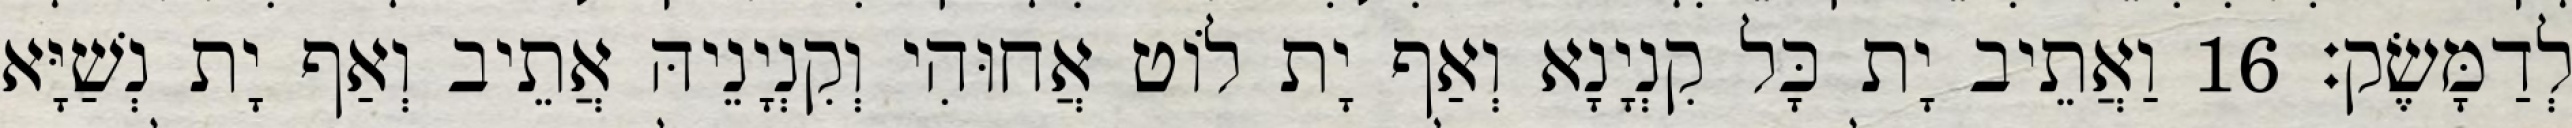
לְדַמָּשֶׂק׃ 16 וַאֲתֵיב יָת כָּל קִנְיָנָא וְאַף יָת לוֹט אֲחוּהִי וְקִנְיָנֵיהּ אֲתֵיב וְאַף יָת נְשַׁיָּא